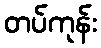
တပ်ကုန်း